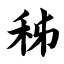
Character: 秭